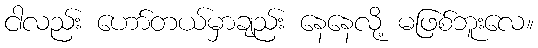
ငါလည်း ဟော်တယ်မှာချည်း နေနေလို့ မဖြစ်ဘူးလေ။